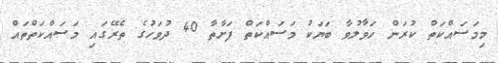
މިމަސައްކަތް ކުރަން ހަވާލުވާ ބަޔަކު މަސައްކަތް ފަށާތާ 40 ދުވަހުގެ ތެރޭގައި މަސައްކަތްތައް